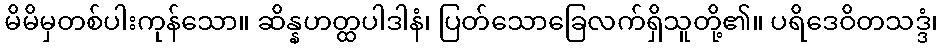
မိမိမှတစ်ပါးကုန်သော။ ဆိန္နဟတ္ထပါဒါနံ၊ ပြတ်သောခြေလက်ရှိသူတို့၏။ ပရိဒေဝိတသဒ္ဒံ၊